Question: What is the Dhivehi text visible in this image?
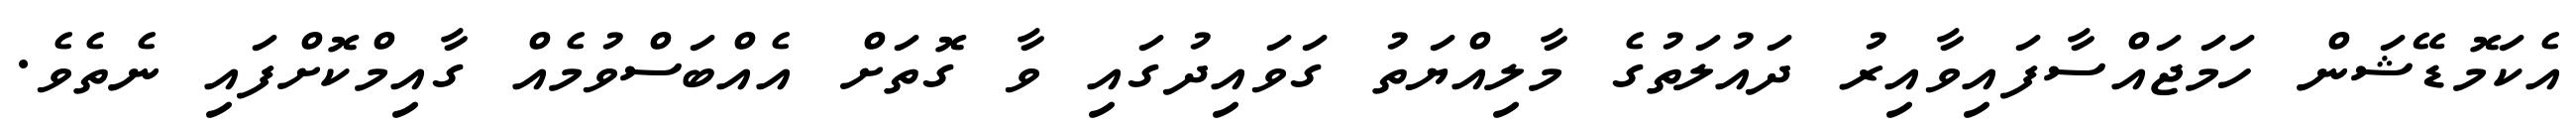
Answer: އެކަމޮޑޭޝަން ހަމަޖައްސާފައިވާއިރު ދައުލަތުގެ މާލިއްޔަތު ގަވައިދުގައި ވާ ގޮތަށް އެއްބަސްވުމެއް ގާއިމްކޮށްފައި ނެތެވެ.